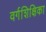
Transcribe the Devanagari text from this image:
वर्गशिक्षिका